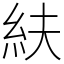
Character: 䊿